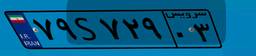
۲۹S۹۸۰۱۴